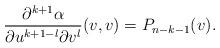
LaTeX: \begin{align*} \frac{\partial^{k+1}\alpha}{\partial u^{k+1-l}\partial v^l}(v,v)=P_{n-k-1}(v).\end{align*}